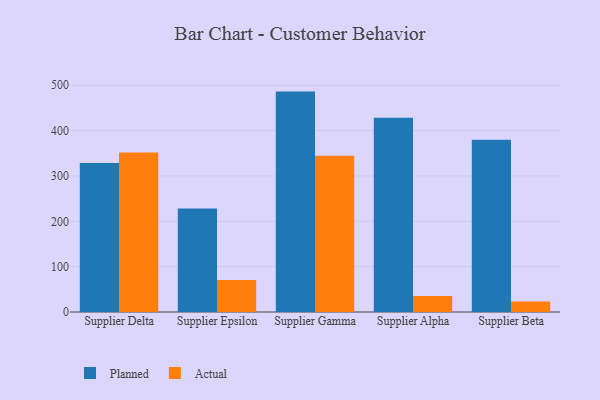
{"axis": {"x": "Supplier", "y": "Backlog"}, "legend": ["Actual", "Planned"], "data": [{"x": "Supplier Delta", "y": 328.8, "type": "Planned"}, {"x": "Supplier Delta", "y": 351.7, "type": "Actual"}, {"x": "Supplier Epsilon", "y": 228.4, "type": "Planned"}, {"x": "Supplier Epsilon", "y": 70.6, "type": "Actual"}, {"x": "Supplier Gamma", "y": 486.0, "type": "Planned"}, {"x": "Supplier Gamma", "y": 344.7, "type": "Actual"}, {"x": "Supplier Alpha", "y": 428.6, "type": "Planned"}, {"x": "Supplier Alpha", "y": 35.5, "type": "Actual"}, {"x": "Supplier Beta", "y": 379.6, "type": "Planned"}, {"x": "Supplier Beta", "y": 23.4, "type": "Actual"}]}